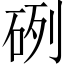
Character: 𥒂